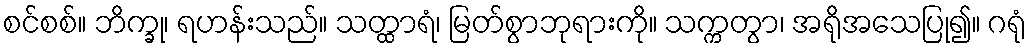
စင်စစ်။ ဘိက္ခု၊ ရဟန်းသည်။ သတ္ထာရံ၊ မြတ်စွာဘုရားကို။ သက္ကတွာ၊ အရိုအသေပြု၍။ ဂရုံ